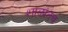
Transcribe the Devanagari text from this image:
शाळांतच